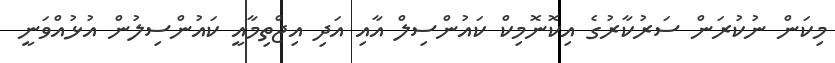
މިކަން ނުކުރަން ސަރުކާރުގެ އިކޮނޮމިކް ކައުންސިލް އާއި އަދި އިޖްތިމާއީ ކައުންސިލުން އުޅުއްވަނީ